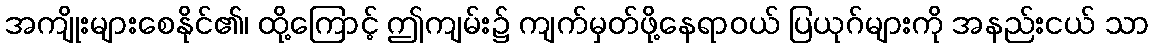
အကျိုးများစေနိုင်၏၊ ထို့ကြောင့် ဤကျမ်း၌ ကျက်မှတ်ဖို့နေရာဝယ် ပြယုဂ်များကို အနည်းငယ် သာ